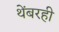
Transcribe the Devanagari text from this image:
थेंबरही